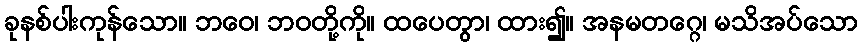
ခုနစ်ပါးကုန်သော။ ဘဝေ၊ ဘဝတို့ကို။ ထပေတွာ၊ ထား၍။ အနမတဂ္ဂေ၊ မသိအပ်သော